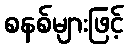
စနစ်များဖြင့်